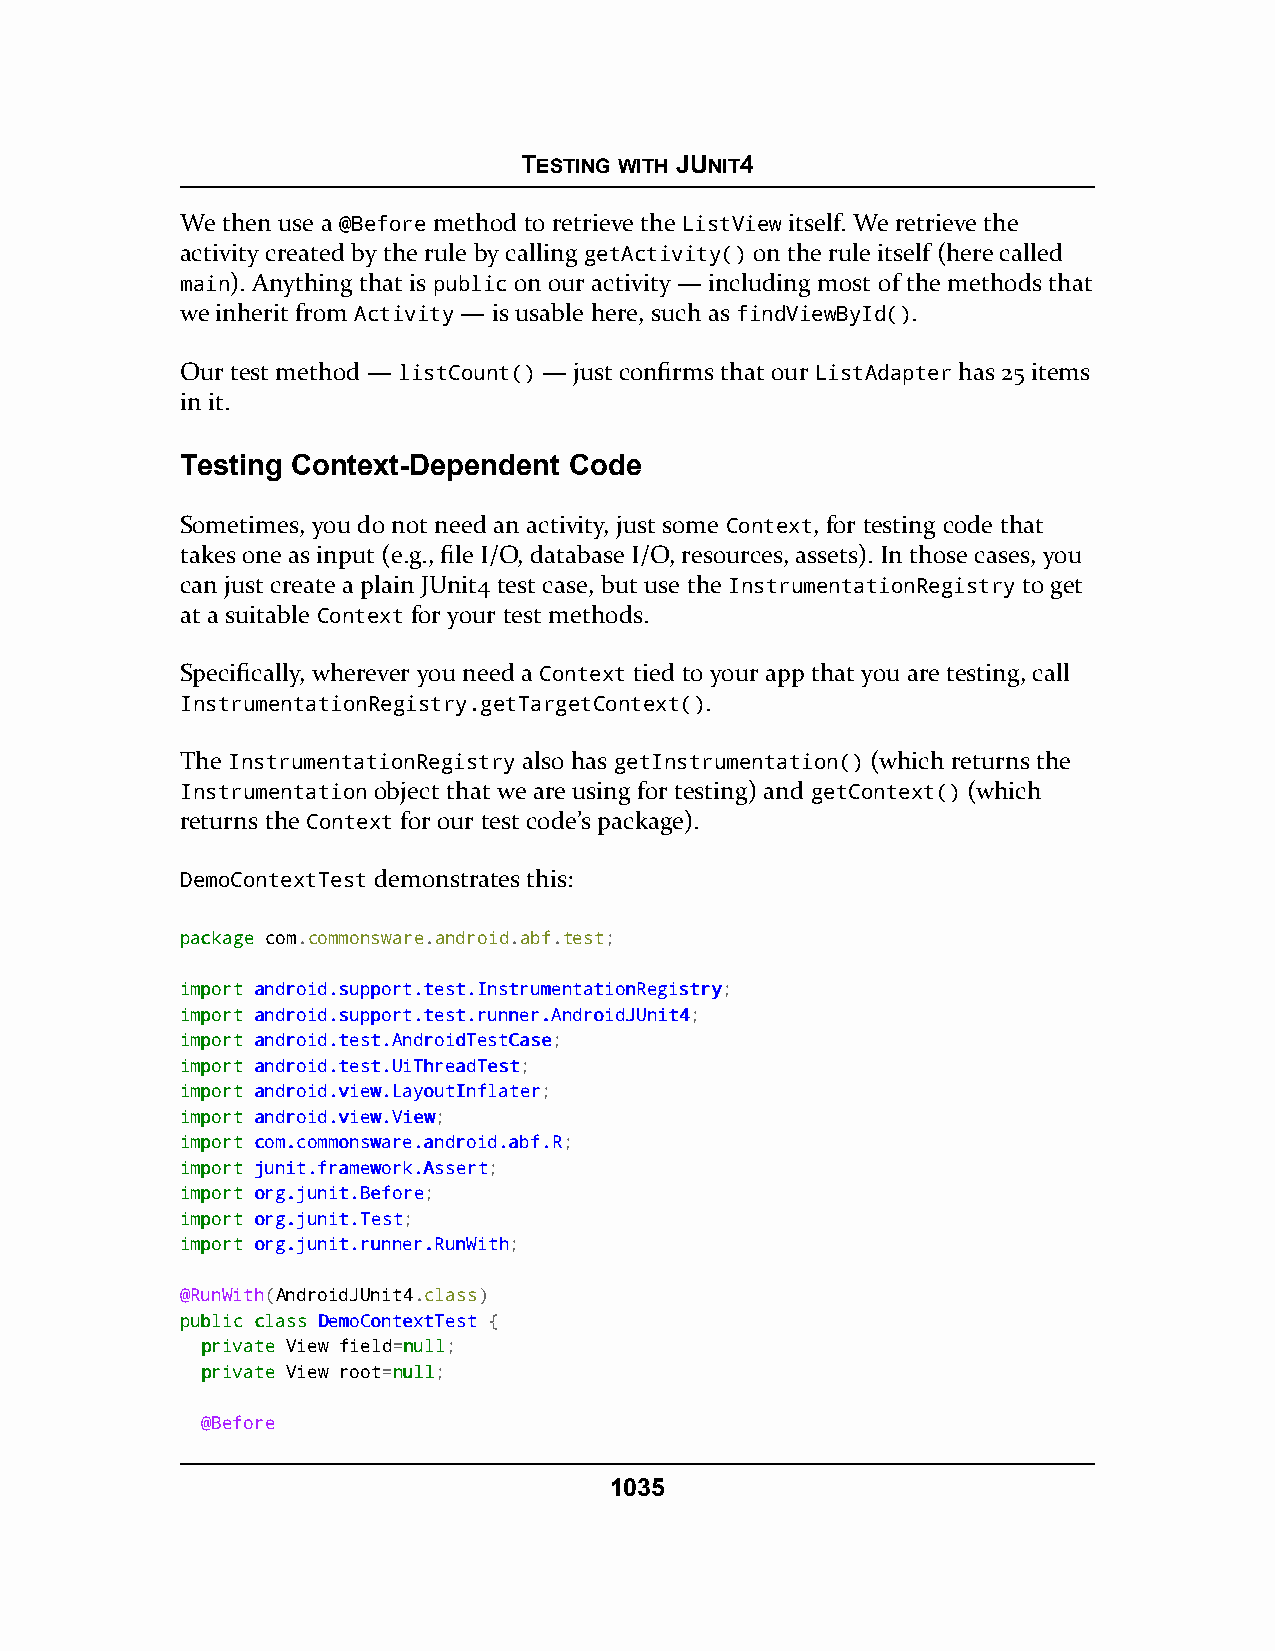
TESTING WITH JUNIT4
 We then use a @Before method to retrieve the ListView itself. We retrieve the
 activity created by the rule by calling getActivity() on the rule itself (here called
 main). Anything that is public on our activity — including most of the methods that
 we inherit from Activity — is usable here, such as findViewById().
 Our test method — listCount() — just confirms that our ListAdapter has 25 items
 in it.
 Testing Context-Dependent Code
 Sometimes, you do not need an activity, just some Context, for testing code that
 takes one as input (e.g., file I/O, database I/O, resources, assets). In those cases, you
 can just create a plain JUnit4 test case, but use the InstrumentationRegistry to get
 at a suitable Context for your test methods.
 Specifically, wherever you need a Context tied to your app that you are testing, call
 InstrumentationRegistry.getTargetContext().
 The InstrumentationRegistry also has getInstrumentation() (which returns the
 Instrumentation object that we are using for testing) and getContext() (which
 returns the Context for our test code’s package).
 DemoContextTest demonstrates this:
 ppaacckkaaggee com.commonsware.android.abf.test;
 iimmppoorrtt aannddrrooiidd..ssuuppppoorrtt..tteesstt..IInnssttrruummeennttaattiioonnRReeggiissttrryy;
 iimmppoorrtt aannddrrooiidd..ssuuppppoorrtt..tteesstt..rruunnnneerr..AAnnddrrooiiddJJUUnniitt44;
 iimmppoorrtt aannddrrooiidd..tteesstt..AAnnddrrooiiddTTeessttCCaassee;
 iimmppoorrtt aannddrrooiidd..tteesstt..UUiiTThhrreeaaddTTeesstt;
 iimmppoorrtt aannddrrooiidd..vviieeww..LLaayyoouuttIInnffllaatteerr;
 iimmppoorrtt aannddrrooiidd..vviieeww..VViieeww;
 iimmppoorrtt ccoomm..ccoommmmoonnsswwaarree..aannddrrooiidd..aabbff..RR;
 iimmppoorrtt jjuunniitt..ffrraammeewwoorrkk..AAsssseerrtt;
 iimmppoorrtt oorrgg..jjuunniitt..BBeeffoorree;
 iimmppoorrtt oorrgg..jjuunniitt..TTeesstt;
 iimmppoorrtt oorrgg..jjuunniitt..rruunnnneerr..RRuunnWWiitthh;
 @RunWith(AndroidJUnit4.class)
 ppuubblliicc ccllaassss DDeemmooCCoonntteexxttTTeesstt {
 pprriivvaattee View field=nnuullll;
 pprriivvaattee View root=nnuullll;
 @Before
 1035